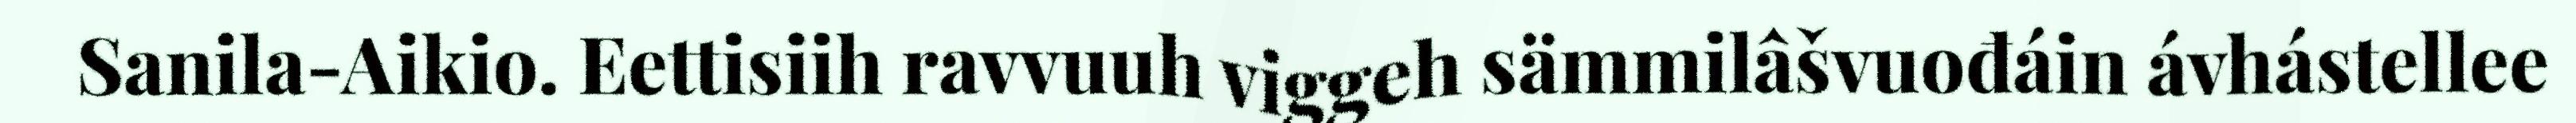
Sanila-Aikio. Eettisiih ravvuuh viggeh sämmilâšvuođáin ávhástellee